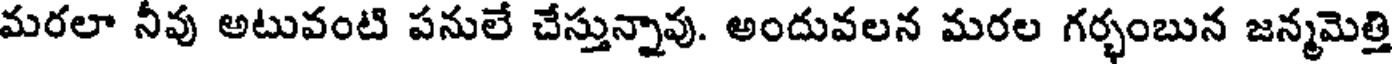
మరలా నీవు అటువంటి పనులే చేస్తున్నావు. అందువలన మరల గర్భంబున జన్మమెత్తి